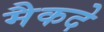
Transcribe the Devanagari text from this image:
मैकदे